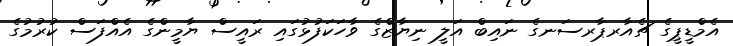
އެމްޑީޕީގެ ޗެއާރޕާރސަނގެ ނައިބް އަލީ ނިޔާޒްގެ ވާހަކަފުޅުގައި ރައީސް ޔާމީންގެ އެއްފަސް ކުރުމުގެ